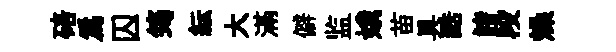
碚爲囚筠紜大滿僻监娥苗具酷諸段燥